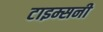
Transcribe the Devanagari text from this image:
टाइम्सनी